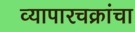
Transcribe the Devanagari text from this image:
व्यापारचक्रांचा